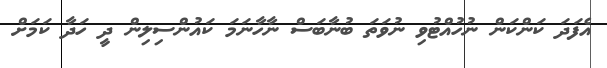
އެފަދަ ކަންކަން ނުހުއްޓުވި ނުވަތަ ބުނާބަސް ނާހާނަމަ ކައުންސިލިން ދީ ހަދާ ކަމަށް